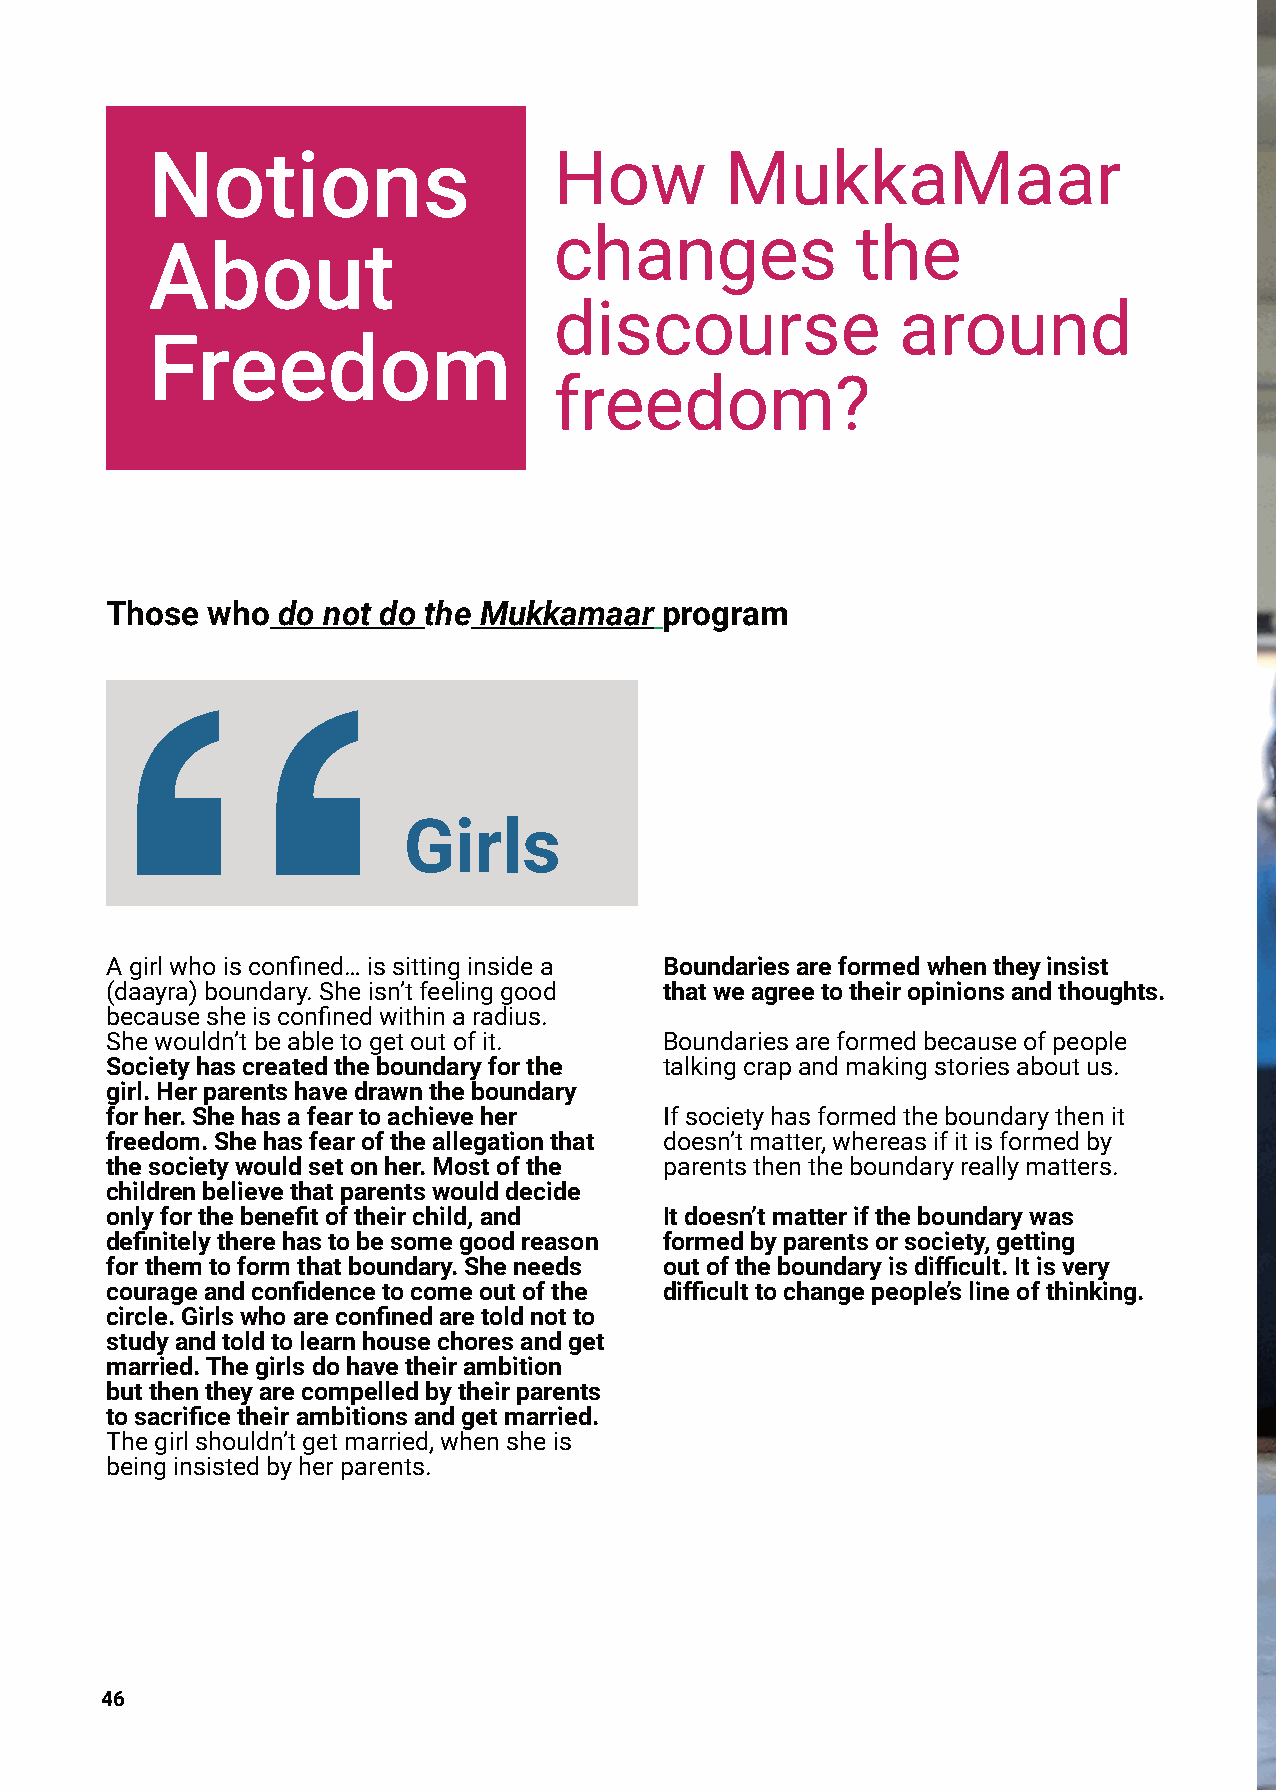
Notions                    How        MukkaMaar
 changes             the
 About
 discourse             around
 Freedom
 freedom?
 Those  who do not do the Mukkamaar   program
 Girls
 Agirlwhoisconfined…issittinginsidea  Boundariesareformedwhentheyinsist
 (daayra)boundary.Sheisn’tfeelinggood thatweagreetotheiropinionsandthoughts.
 becausesheisconfinedwithinaradius.
 Shewouldn’tbeabletogetoutofit.       Boundariesareformedbecauseofpeople
 Societyhascreatedtheboundaryforthe   talkingcrapandmakingstoriesaboutus.
 girl.Herparentshavedrawntheboundary
 forher.Shehasafeartoachieveher       Ifsocietyhasformedtheboundarythenit
 freedom.Shehasfearoftheallegationthat doesn’tmatter,whereasifitisformedby
 thesocietywouldsetonher.Mostofthe    parentsthentheboundaryreallymatters.
 childrenbelievethatparentswoulddecide
 onlyforthebenefitoftheirchild,and    Itdoesn’tmatteriftheboundarywas
 definitelytherehastobesomegoodreason formedbyparentsorsociety,getting
 forthemtoformthatboundary.Sheneeds   outoftheboundaryisdifficult.Itisvery
 courageandconfidencetocomeoutofthe   difficulttochangepeople’slineofthinking.
 circle.Girlswhoareconfinedaretoldnotto
 studyandtoldtolearnhousechoresandget
 married.Thegirlsdohavetheirambition
 butthentheyarecompelledbytheirparents
 tosacrificetheirambitionsandgetmarried.
 Thegirlshouldn’tgetmarried,whensheis
 beinginsistedbyherparents.
 46